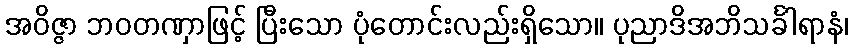
အဝိဇ္ဇာ ဘဝတဏှာဖြင့် ပြီးသော ပုံတောင်းလည်းရှိသော။ ပုညာဒိအဘိသင်္ခါရာနံ၊